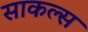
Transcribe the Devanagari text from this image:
साकल्स